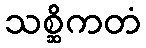
သစ္ဆိကတံ